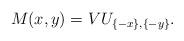
LaTeX: \begin{align*}M(x,y)=VU_{\{-x\},\{-y\}}. \end{align*}